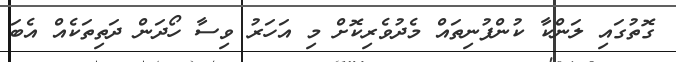
ގޮތުގައި ލަންކާ ކުންފުނިތައް މެދުވެރިކޮށް މި އަހަރު ވިސާ ހޯދަން ދަތިތަކެއް އެބަ